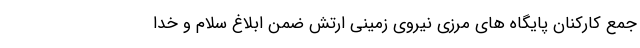
جمع کارکنان پایگاه های مرزی نیروی زمینی ارتش ضمن ابلاغ سلام و خدا